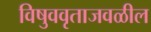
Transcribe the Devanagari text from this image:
विषुववृताजवळील